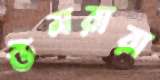
উমরারা